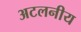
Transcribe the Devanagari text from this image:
अटलनीय